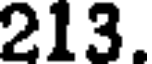
213.